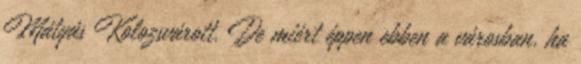
Mátyás Kolozsvárott. De miért éppen ebben a városban, ha